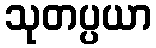
သုတပ္ပယာ